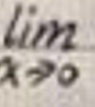
$\lim_{x \to 0}$